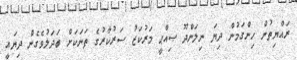
ރައްޔިތުން ހިންގަމުން ދިޔަ ނިލަންދޫ ޞިއްޙީ މަރުކަޒު ސަރުކާރުގެ ތަނަކަށް ބަދަލުވެގެން ދިޔައީ